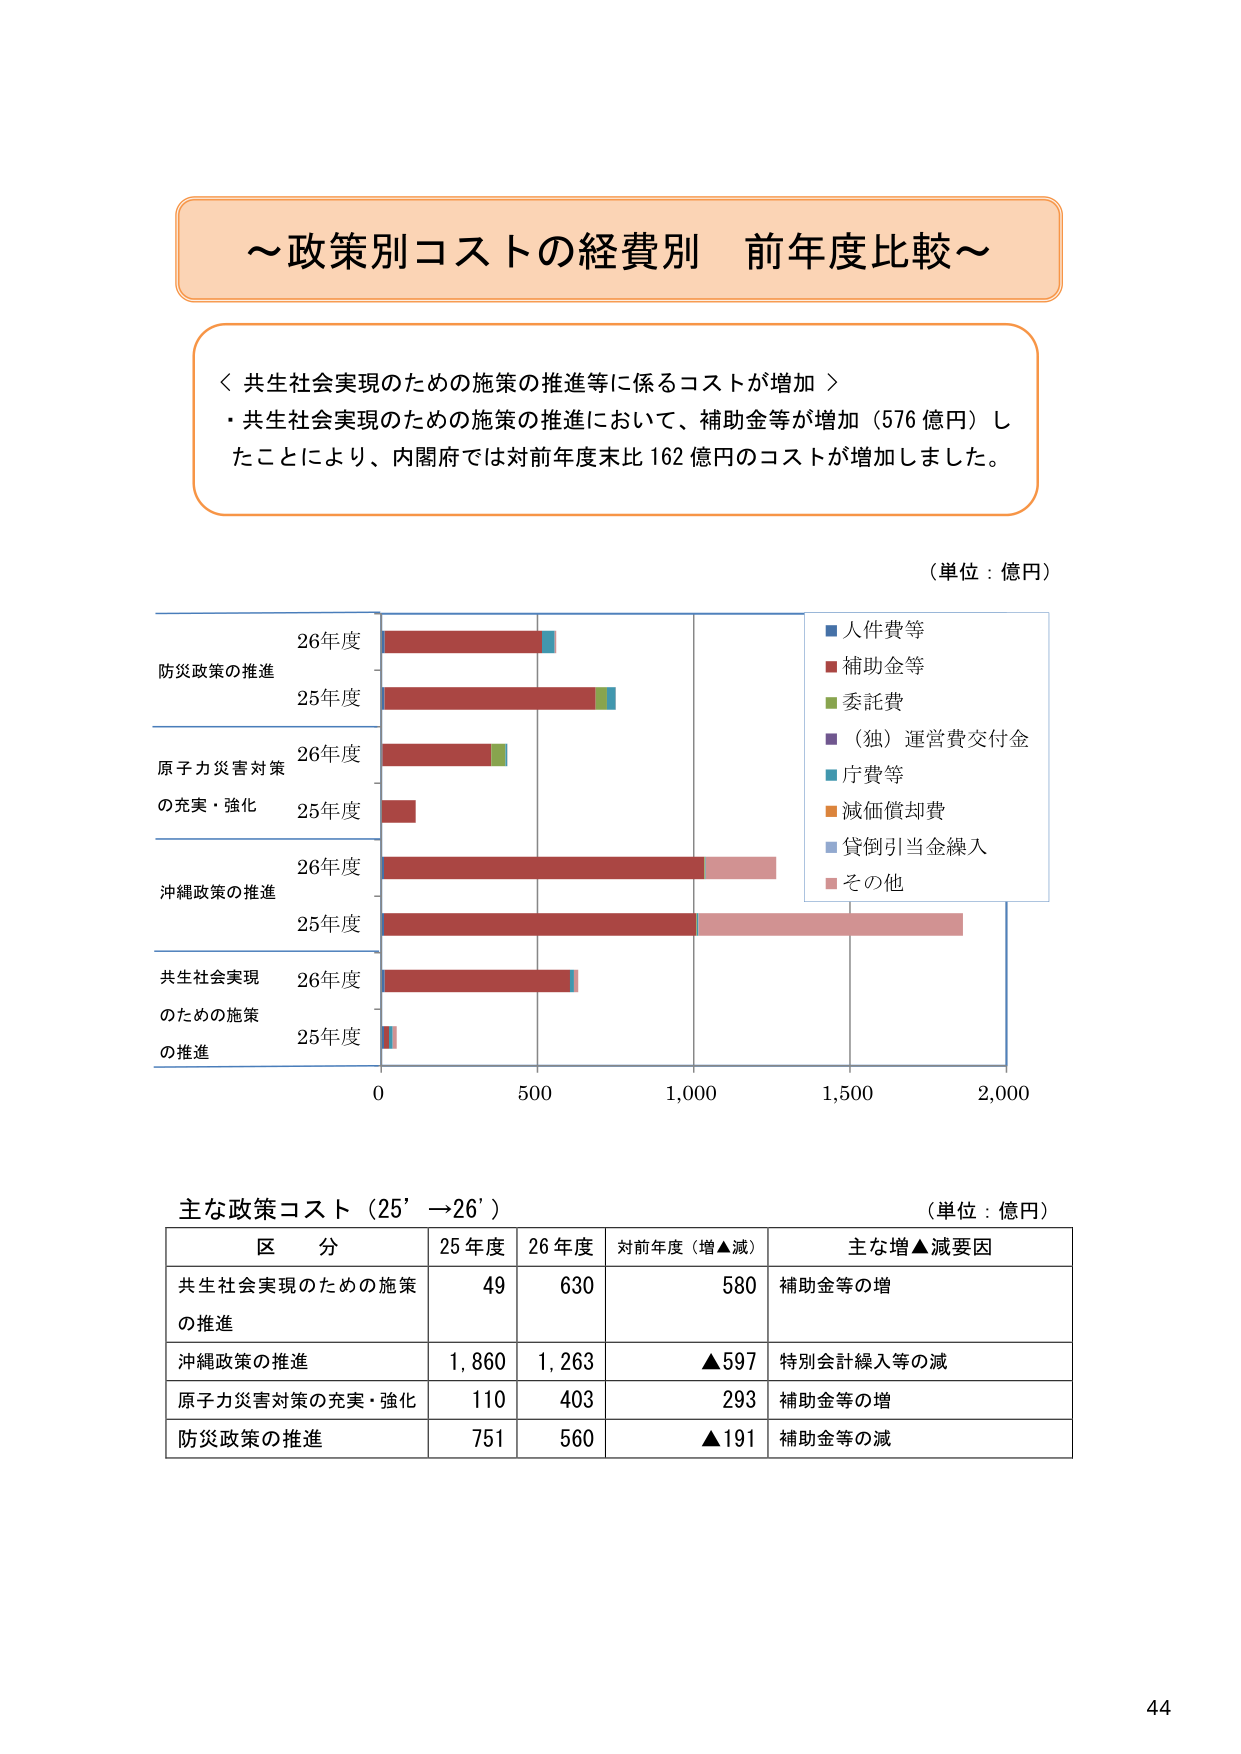
～政策別コストの経費別 前年度比較～

＜共生社会実現のための施策の推進等に係るコストが増加＞
・共生社会実現のための施策の推進において、補助金等が増加（576 億円）したことにより、内閣府では対前年度末比 162 億円のコストが増加しました。

（単位：億円）

防災政策の推進
26年度
25年度

原子力災害対策
の充実・強化
26年度
25年度

沖縄政策の推進
26年度
25年度

共生社会実現
のための施策
の推進
26年度
25年度

0     500     1,000     1,500     2,000

■人件費等
■補助金等
■委託費
■（独）運営費交付金
■庁費等
■減価償却費
■貸倒引当金繰入
■その他

主な政策コスト（25’ →26’）
（単位：億円）

区分       25年度   26年度   対前年度（増▲減）   主な増▲減要因
共生社会実現のための施策の推進     49       630       580       補助金等の増
沖縄政策の推進                 1,860    1,263     ▲597      特別会計繰入等の減
原子力災害対策の充実・強化       110      403       293       補助金等の増
防災政策の推進                 751      560       ▲191      補助金等の減

44